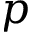
p